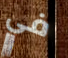
في